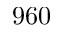
9 6 0